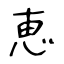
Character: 恵